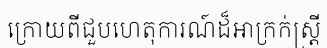
ក្រោយពីជួបហេតុការណ៍ដ៏អាក្រក់ស្ត្រី